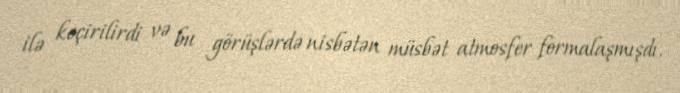
ilə keçirilirdi və bu görüşlərdə nisbətən müsbət atmosfer formalaşmışdı.